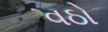
વઠો